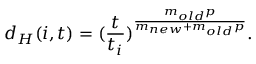
d _ { H } ( i , t ) = ( \frac { t } { t _ { i } } ) ^ { \frac { m _ { o l d } p } { m _ { n e w } + m _ { o l d } p } } .